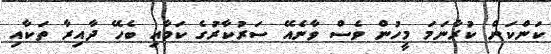
ކަންކަން ކުރާނަމަ މީހުން ވެސް ވާނެއޭ ސަރުކާރުގެ ކަމާއި ބެހޭ ދާއިރާ ތަކާއި